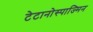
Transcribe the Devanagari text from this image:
टेटानोस्पाज्मिन